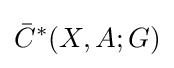
{\bar {C}}^{*}(X,A;G)